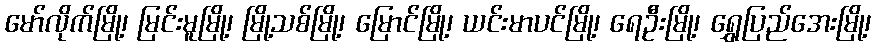
မော်လိုက်မြို့၊ မြင်းမူမြို့၊ မြို့သစ်မြို့၊ မြောင်မြို့၊ ယင်းမာပင်မြို့၊ ရေဦးမြို့၊ ရွှေပြည်အေးမြို့၊